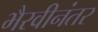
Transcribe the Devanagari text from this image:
भैरवीनंतर